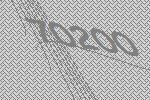
70200